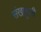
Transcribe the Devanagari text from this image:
संखाहुली